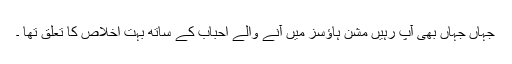
جہاں جہاں بھی آپ رہیں مشن ہاؤسز میں آنے والے احباب کے ساتھ بہت اخلاص کا تعلق تھا ۔